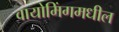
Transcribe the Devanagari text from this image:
वायोमिंगमधील